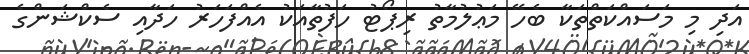
އަދި މި މަސައްކަތްތަކާ ބެހޭ މަޢުލުމާތު ރިޕޯޓު ހަފުތާއަކު އެއްފަހަރު ހަދާއި ސެކްޝަންގެ